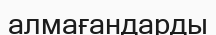
алмағандарды